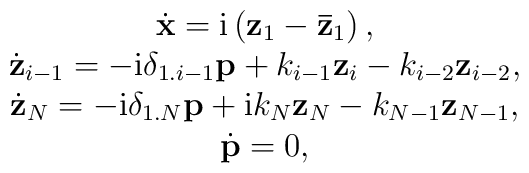
\begin{array}{c}\dot{\bf x}={\rm i}\left({\bf z}_1-{\bf{\bar z}}_1\right),\\\dot{\bf z}_{i-1}=-{\rm i}\delta_{1.i-1}{\bf p}+k_{i-1}{\bf z}_{i}-k_{i-2}{\bf z}_{i-2},\\\dot{\bf z}_{N}=-{\rm i}\delta_{1.N}{\bf p}+{\rm i}k_{N}{\bf z}_{N}-k_{N-1}{\bf z}_{N-1},\\{\dot{\bf p}}=0,\end{array}